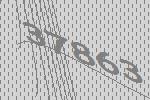
37863